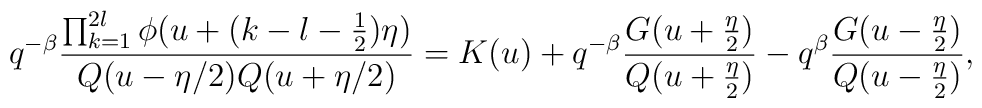
q^{-\beta}\frac{\prod_{k=1}^{2l}\phi(u+(k-l-\frac12)\eta)}{Q(u-\eta/2)Q(u+\eta/2)}=K(u)+q^{-\beta}\frac{G(u+\frac{\eta}{2})}{Q(u+\frac{\eta}{2})}-q^{\beta}\frac{G(u-\frac{\eta}{2})}{Q(u-\frac{\eta}{2})},